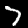
Label: 7